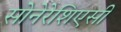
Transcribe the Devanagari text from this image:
सोनेरेशिएसी